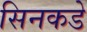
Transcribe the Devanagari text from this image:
सिनकडे